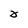
Character: 0